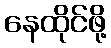
နေထိုင်ဖို့